General report no. 6 on the lunatic asylums, vaccination and dispensaries in the Bengal Presidency, 1873 -
Year: 1873
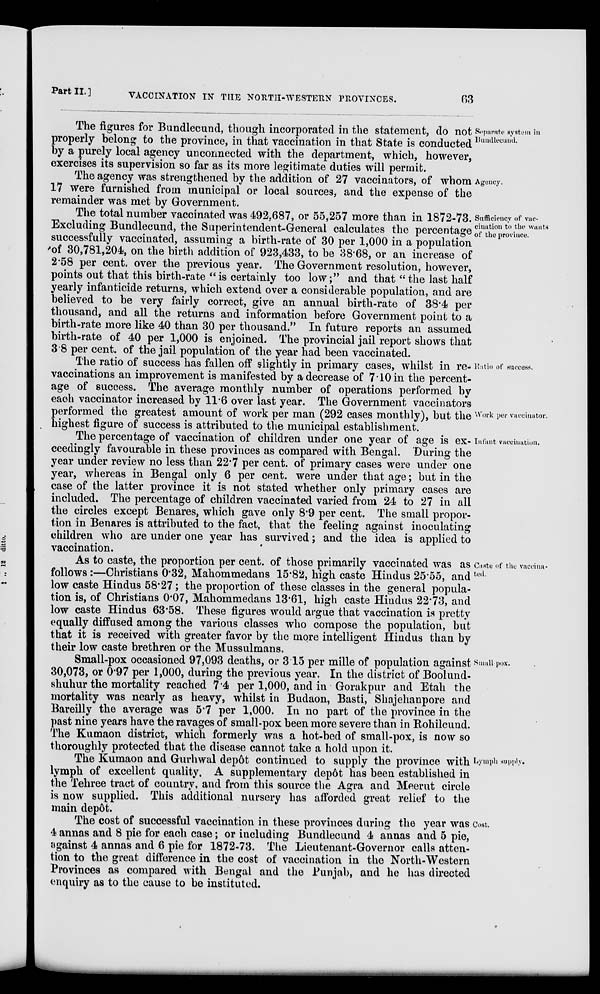
Part II.]
VACCINATION IN THE NORTH-WESTERN PROVINCES.
63
Separate system in
Bundlecund.
The figures for Bundlecund, though incorporated in the statement, do not
properly belong to the province, in that vaccination in that State is conducted
by a purely local agency unconnected with the department, which, however,
exercises its supervision so far as its more legitimate duties will permit.
Agency.
The agency was strengthened by the addition of 27 vaccinators, of whom
17 were furnished from municipal or local sources, and the expense of the
remainder was met by Government.
Sufficiency of vac-
cination to the wants
of the province.
The total number vaccinated was 492,687, or 55,257 more than in 1872-73.
Excluding Bundlecund, the Superintendent-General calculates the percentage
successfully vaccinated, assuming a birth-rate of 30 per 1,000 in a population
of 30,781,204, on the birth addition of 923,433, to be 38.68, or an increase of
2.58 per cent. over the previous year. The Government resolution, however,
points out that this birth-rate " is certainly too low;" and that . the last half
yearly infanticide returns, which extend over a considerable population, and are
believed to be very fairly correct, give an annual birth-rate of 38.4 per
thousand, and all the returns and information before Government point to a
birth-rate more like 40 than 30 per thousand." In future reports an assumed
birth-rate of 40 per 1,000 is enjoined. The provincial jail report shows that
3.8 per cent. of the jail population of the year had been vaccinated.
Ratio of success.
Work per vaccinator.
The ratio of success has fallen of slightly in primary cases, whilst in re-
vaccinations an improvement is manifested by a decrease of 7.10 in the percent-
age of success. The average monthly number of operations performed by
each vaccinator increased by 11.6 over last year. The Government vaccinators
performed the greatest amount of work per man (292 cases monthly), but the
highest figure of success is attributed to the municipal establishment.
Infant vaccination.
The percentage of vaccination of children under one year of age is ex-
ceedingly favourable in these provinces as compared with Bengal. During the
year under review no less than 22.7 per cent. of primary cases were under one
year, whereas in Bengal only 6 per cent. were under that age; but in the
case of the latter province it is not stated whether only primary cases are
included. The percentage of children vaccinated varied from 24 to 27 in all
the circles except Benares, which gave only 8.9 per cent. The small propor-
tion in Benares is attributed to the fact, that the feeling against inoculating
children who are under one year has survived; and the idea is applied to
vaccination.
Caste of the vaccina-
ted.
As to caste, the proportion per cent. of those primarily vaccinated was as
follows :—Christians 0.32, Mahommedans 15.82, high caste Hindus 25.55, and
low caste Hindus 58.27; the proportion of these classes in the general popula-
tion is, of Christians 0.07, Mahommedans 13.61, high caste Hindus 22.73, and
low caste Hindus 63.58. These figures would argue that vaccination is pretty
equally diffused among the various classes who compose the population, but
that it is received with greater favor by the more intelligent Hindus than by
their low caste brethren or the Mussulmans.
Small-pox.
Small-pox occasioned 97,093 deaths, or 3.15 per mille of population against
30,073, or 0.97 per 1,000, during the previous year. In the district of Boolund-
shuhur the mortality reached 7.4 per 1,000, and in Gorakpur and Etah the
mortality was nearly as heavy, whilst in Budaon, Basti, Shajehanpore and
Bareilly the average was 5.7 per 1,000. In no part of the province in the
past nine years have the ravages of small-pox been more severe than in Rohilcund.
The Kumaon district, which formerly was a hot-bed of small-pox, is now so
thoroughly protected that the disease cannot take a hold upon it.
Lymph supply.
The Kumaon and Gurhwal depôt continued to supply the province with
lymph of excellent quality. A supplementary depôt has been established in
the Tehree tract of country, and from this source the Agra and Meerut circle
is now supplied. This additional nursery has afforded great relief to the
main depôt.
Cost.
The cost of successful vaccination in these provinces during the year was
4 annas and 8 pie for each case; or including Bundlecund 4 annas and 5 pie,
against 4 annas and 6 pie for 1872-73. The Lieutenant-Governor calls atten-
tion to the great difference in the cost of vaccination in the North-Western
Provinces as compared with Bengal and the Punjab, and he has directed
enquiry as to the cause to be instituted.